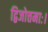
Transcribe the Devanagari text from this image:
द्विजोत्तमाः।